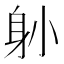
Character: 𨈓